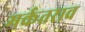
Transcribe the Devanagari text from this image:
मर्कतराव